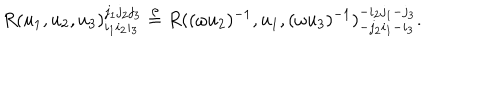
LaTeX: R ( u _ { 1 } , u _ { 2 } , u _ { 3 } ) _ { i _ { 1 } i _ { 2 } i _ { 3 } } ^ { j _ { 1 } j _ { 2 } j _ { 3 } } \stackrel { \rho } { = } R ( ( \omega u _ { 2 } ) ^ { - 1 } , u _ { 1 } , ( \omega u _ { 3 } ) ^ { - 1 } ) _ { - j _ { 2 } i _ { 1 } - i _ { 3 } } ^ { - i _ { 2 } j _ { 1 } - j _ { 3 } } .